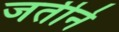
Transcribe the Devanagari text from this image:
जतीने